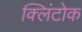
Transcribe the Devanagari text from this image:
क्लिंटोक